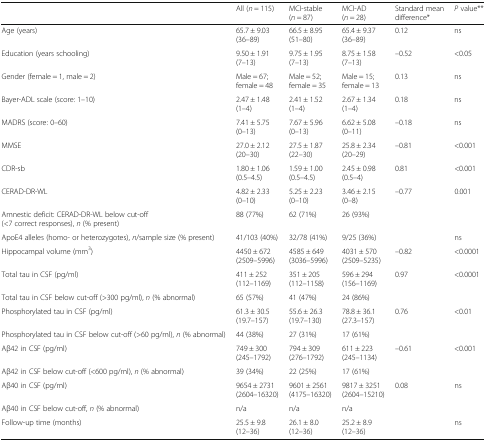
<table><thead><tr><td></td><td><b>All (<i>n</i> = 115)</b></td><td><b>MCI-stable (<i>n</i> = 87)</b></td><td><b>MCI-AD (<i>n</i> = 28)</b></td><td><b>Standard mean difference*</b></td><td><b><i>P</i> value**</b></td></tr></thead><tbody><tr><td>Age (years)</td><td>65.7 ± 9.03(36–89)</td><td>66.5 ± 8.95(51–80)</td><td>65.4 ± 9.37(36–89)</td><td>0.12</td><td>ns</td></tr><tr><td>Education (years schooling)</td><td>9.50 ± 1.91(7–13)</td><td>9.75 ± 1.95(7–13)</td><td>8.75 ± 1.58(7–13)</td><td>–0.52</td><td>&lt;0.05</td></tr><tr><td>Gender (female = 1, male = 2)</td><td>Male = 67;female = 48</td><td>Male = 52;female = 35</td><td>Male = 15;female = 13</td><td>0.13</td><td>ns</td></tr><tr><td>Bayer-ADL scale (score: 1–10)</td><td>2.47 ± 1.48(1–4)</td><td>2.41 ± 1.52(1–4)</td><td>2.67 ± 1.34(1–4)</td><td>0.18</td><td>ns</td></tr><tr><td>MADRS (score: 0–60)</td><td>7.41 ± 5.75(0–13)</td><td>7.67 ± 5.96(0–13)</td><td>6.62 ± 5.08(0–11)</td><td>–0.18</td><td>ns</td></tr><tr><td>MMSE</td><td>27.0 ± 2.12(20–30)</td><td>27.5 ± 1.87(22–30)</td><td>25.8 ± 2.34(20–29)</td><td>–0.81</td><td>&lt;0.001</td></tr><tr><td>CDR-sb</td><td>1.80 ± 1.06(0.5–4.5)</td><td>1.59 ± 1.00(0.5–4.5)</td><td>2.45 ± 0.98(0.5–4)</td><td>0.81</td><td>&lt;0.001</td></tr><tr><td>CERAD-DR-WL</td><td>4.82 ± 2.33(0–10)</td><td>5.25 ± 2.23(0–10)</td><td>3.46 ± 2.15(0–8)</td><td>–0.77</td><td>0.001</td></tr><tr><td>Amnestic deficit: CERAD-DR-WL below cut-off (&lt;7 correct responses), <i>n</i> (% present)</td><td>88 (77%)</td><td>62 (71%)</td><td>26 (93%)</td><td></td><td></td></tr><tr><td>ApoE4 alleles (homo- or heterozygotes), <i>n</i>/sample size (% present)</td><td>41/103 (40%)</td><td>32/78 (41%)</td><td>9/25 (36%)</td><td></td><td>ns</td></tr><tr><td>Hippocampal volume (mm<sup>3</sup>)</td><td>4450 ± 672(2509–5996)</td><td>4585 ± 649(3036–5996)</td><td>4031 ± 570(2509–5235)</td><td>–0.82</td><td>&lt;0.0001</td></tr><tr><td>Total tau in CSF (pg/ml)</td><td>411 ± 252(112–1169)</td><td>351 ± 205(112–1158)</td><td>596 ± 294(156–1169)</td><td>0.97</td><td>&lt;0.0001</td></tr><tr><td>Total tau in CSF below cut-off (&gt;300 pg/ml), <i>n</i> (% abnormal)</td><td>65 (57%)</td><td>41 (47%)</td><td>24 (86%)</td><td></td><td></td></tr><tr><td>Phosphorylated tau in CSF (pg/ml)</td><td>61.3 ± 30.5(19.7–157)</td><td>55.6 ± 26.3(19.7–130)</td><td>78.8 ± 36.1(27.3–157)</td><td>0.76</td><td>&lt;0.01</td></tr><tr><td>Phosphorylated tau in CSF below cut-off (&gt;60 pg/ml), <i>n</i> (% abnormal)</td><td>44 (38%)</td><td>27 (31%)</td><td>17 (61%)</td><td></td><td></td></tr><tr><td>Aβ42 in CSF (pg/ml)</td><td>749 ± 300(245–1792)</td><td>794 ± 309(276–1792)</td><td>611 ± 223(245–1134)</td><td>–0.61</td><td>&lt;0.001</td></tr><tr><td>Aβ42 in CSF below cut-off (&lt;600 pg/ml), <i>n</i> (% abnormal)</td><td>39 (34%)</td><td>22 (25%)</td><td>17 (61%)</td><td></td><td></td></tr><tr><td>Aβ40 in CSF (pg/ml)</td><td>9654 ± 2731(2604–16320)</td><td>9601 ± 2561(4175–16320)</td><td>9817 ± 3251(2604–15210)</td><td>0.08</td><td>ns</td></tr><tr><td>Aβ40 in CSF below cut-off, <i>n</i> (% abnormal)</td><td>n/a</td><td>n/a</td><td>n/a</td><td></td><td></td></tr><tr><td>Follow-up time (months)</td><td>25.5 ± 9.8(12–36)</td><td>26.1 ± 8.0(12–36)</td><td>25.2 ± 8.9(12–36)</td><td></td><td>ns</td></tr></tbody></table>